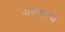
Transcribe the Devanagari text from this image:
नापासाची